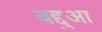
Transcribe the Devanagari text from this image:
बद्दुआ